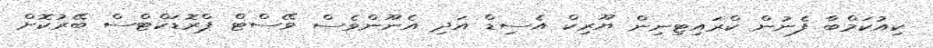
ކިއުކަމްބާ ފެނުން ކްރައިޓިނިން ޔޫރިކް އެސިޑް އަދި އެނޫންވެސް ވޭސްޓް ޕްރޮޑަކްޓްސް ބޭރުކޮށް